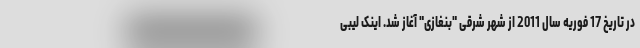
در تاریخ 17 فوریه سال 2011 از شهر شرقی "بنغازی" آغاز شد. اینک لیبی